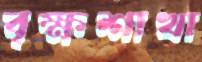
বৃক্ষশাখা